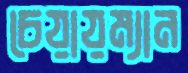
চেয়ায়ম্যান